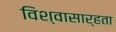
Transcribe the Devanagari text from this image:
विश्‍वासार्हता